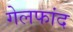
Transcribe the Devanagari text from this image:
गेलफांद